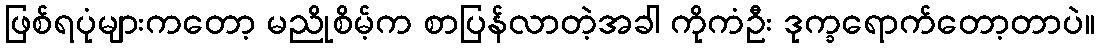
ဖြစ်ရပုံများကတော့ မညိုစိမ့်က စာပြန်လာတဲ့အခါ ကိုကံဦး ဒုက္ခရောက်တော့တာပဲ။